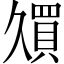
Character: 𫡠